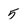
Character: 5